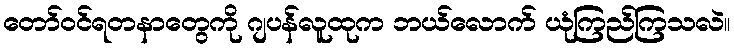
တော်ဝင်ရတနာတွေကို ဂျပန်လူထုက ဘယ်လောက် ယုံကြည်ကြသလဲ။